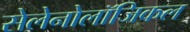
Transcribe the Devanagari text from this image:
सेलेनोलॉजिकल